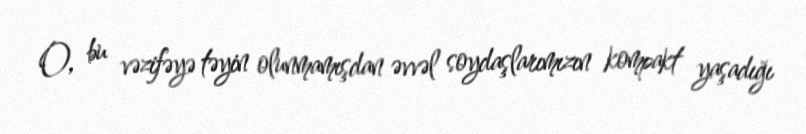
O, bu vəzifəyə təyin olunmamışdan əvvəl soydaşlarımızın kompakt yaşadığı